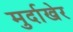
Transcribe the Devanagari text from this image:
मुर्दाखेर